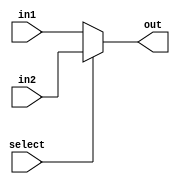
module muxDoisPad(in1,in2,select,out);
	input[31:0] in1, in2;
	input select;
	output wire[31:0] out;
	reg[31:0] outReg;
	assign out = outReg;
	always @(*) 
		if(select) outReg = in2;
		else outReg = in1;
endmodule